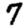
Digit: 7